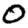
Digit: 0